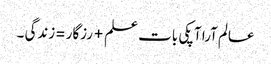
عالم آرا آپکی بات علم+رزگار =زندگی ۔